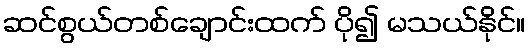
ဆင်စွယ်တစ်ချောင်းထက် ပို၍ မသယ်နိုင်။